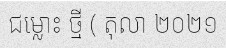
ជម្លោះ ថ្មី ( តុលា ២០២១